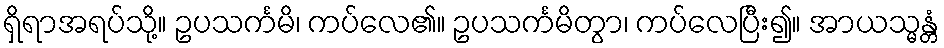
ရှိရာအရပ်သို့။ ဥပသင်္ကမိ၊ ကပ်လေ၏။ ဥပသင်္ကမိတွာ၊ ကပ်လေပြီး၍။ အာယသ္မန္တံ